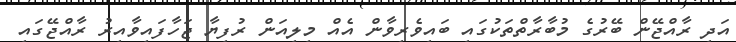
އަދި ރާއްޖޭން ބޭރުގެ މުބާރާތްތަކުގައި ބައިވެރިވާން އެއް މިލިއަން ރުފިޔާ ޖަހާފައިވާއިރު ރާއްޖޭގައި